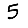
Digit: 5